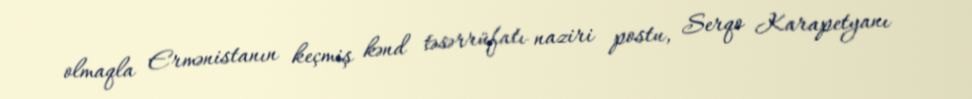
olmaqla Ermənistanın keçmiş kənd təsərrüfatı naziri postu, Serqo Karapetyanı